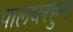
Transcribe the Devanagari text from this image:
पालघरहुन